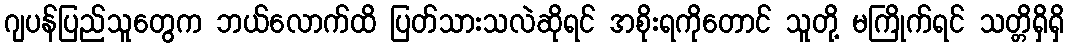
ဂျပန်ပြည်သူတွေက ဘယ်လောက်ထိ ပြတ်သားသလဲဆိုရင် အစိုးရကိုတောင် သူတို့ မကြိုက်ရင် သတ္တိရှိရှိ